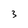
Character: 3